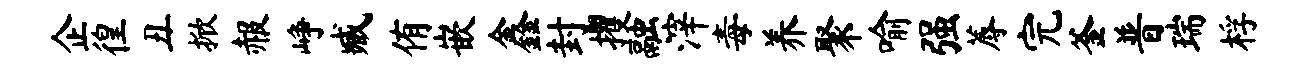
企徨丑掀赧峥臧侑嵌鑫封攫融滓毒养聚喻强蓐完釜普瑞桴